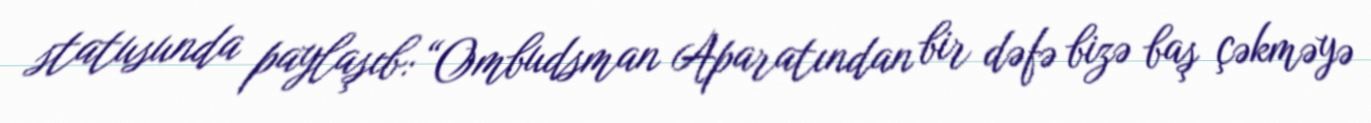
statusunda paylaşıb: “Ombudsman Aparatından bir dəfə bizə baş çəkməyə